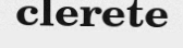
clerete